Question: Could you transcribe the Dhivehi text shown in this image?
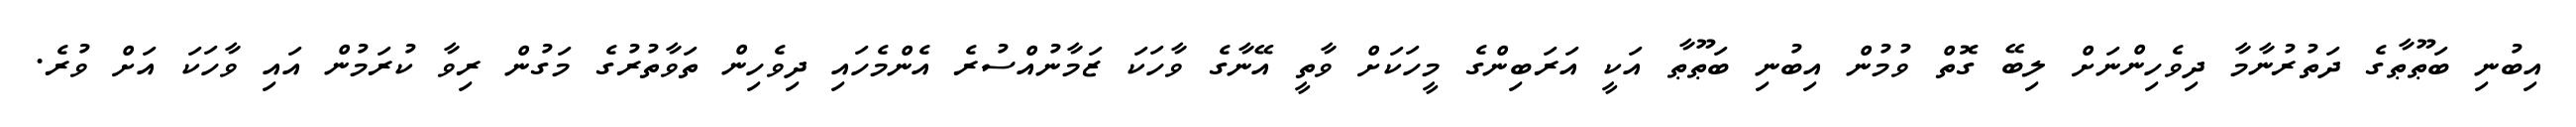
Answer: އިބުނި ބަޠޫޠާގެ ދަތުރުނާމާ ދިވެހިންނަށް ލިބޭ ގޮތް ވުމުން އިބުނި ބަޠޫޠާ އަކީ އަރަބިންގެ މީހަކަށް ވާތީ އޭނާގެ ވާހަކަ ޒަމާނުއްސުރެ އެންމެހައި ދިވެހިން ތަވާތުރުގެ މަގުން ރިވާ ކުރަމުން އައި ވާހަކަ އަށް ވުރެ.